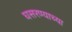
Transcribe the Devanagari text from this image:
घसरण्याच्या